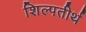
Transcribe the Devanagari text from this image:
शिल्पतीर्थ